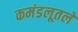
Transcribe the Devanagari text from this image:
कमंडलूतले